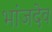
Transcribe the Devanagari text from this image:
भांजदेव